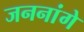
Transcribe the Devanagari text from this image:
जननांगे